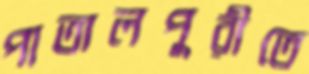
পাতালপুরীতে